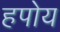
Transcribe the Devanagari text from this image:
हपोय